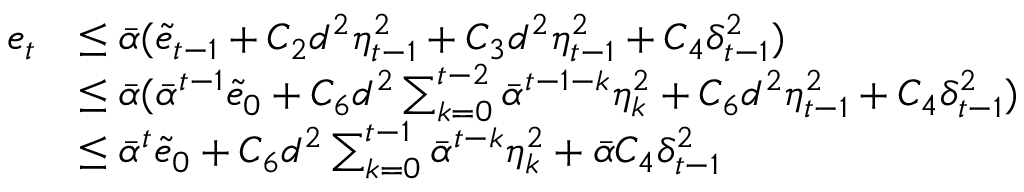
\begin{array} { r l } { e _ { t } } & { \leq \bar { \alpha } ( \tilde { e } _ { t - 1 } + C _ { 2 } d ^ { 2 } \eta _ { t - 1 } ^ { 2 } + C _ { 3 } d ^ { 2 } { \eta _ { t - 1 } ^ { 2 } } + C _ { 4 } \delta _ { t - 1 } ^ { 2 } ) } \\ & { \leq \bar { \alpha } ( \bar { \alpha } ^ { t - 1 } \tilde { e } _ { 0 } + C _ { 6 } d ^ { 2 } \sum _ { k = 0 } ^ { t - 2 } \bar { \alpha } ^ { t - 1 - k } \eta _ { k } ^ { 2 } + C _ { 6 } d ^ { 2 } \eta _ { t - 1 } ^ { 2 } + C _ { 4 } \delta _ { t - 1 } ^ { 2 } ) } \\ & { \leq \bar { \alpha } ^ { t } \tilde { e } _ { 0 } + C _ { 6 } d ^ { 2 } \sum _ { k = 0 } ^ { t - 1 } \bar { \alpha } ^ { t - k } \eta _ { k } ^ { 2 } + \bar { \alpha } C _ { 4 } \delta _ { t - 1 } ^ { 2 } } \end{array}